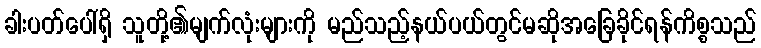
ခါးပတ်ပေါ်ရှိ သူတို့၏မျက်လုံးများကို မည်သည့်နယ်ပယ်တွင်မဆိုအခြေခိုင်ရန်ကိစ္စသည်